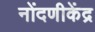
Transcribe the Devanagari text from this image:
नोंदणीकेंद्र